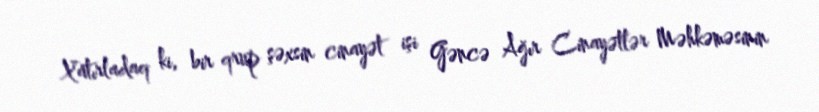
Xatırladaq ki, bir qrup şəxsin cinayət işi Gəncə Ağır Cinayətlər Məhkəməsinin